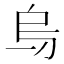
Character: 𠂶